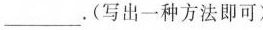
___。(写出一种方法即可)